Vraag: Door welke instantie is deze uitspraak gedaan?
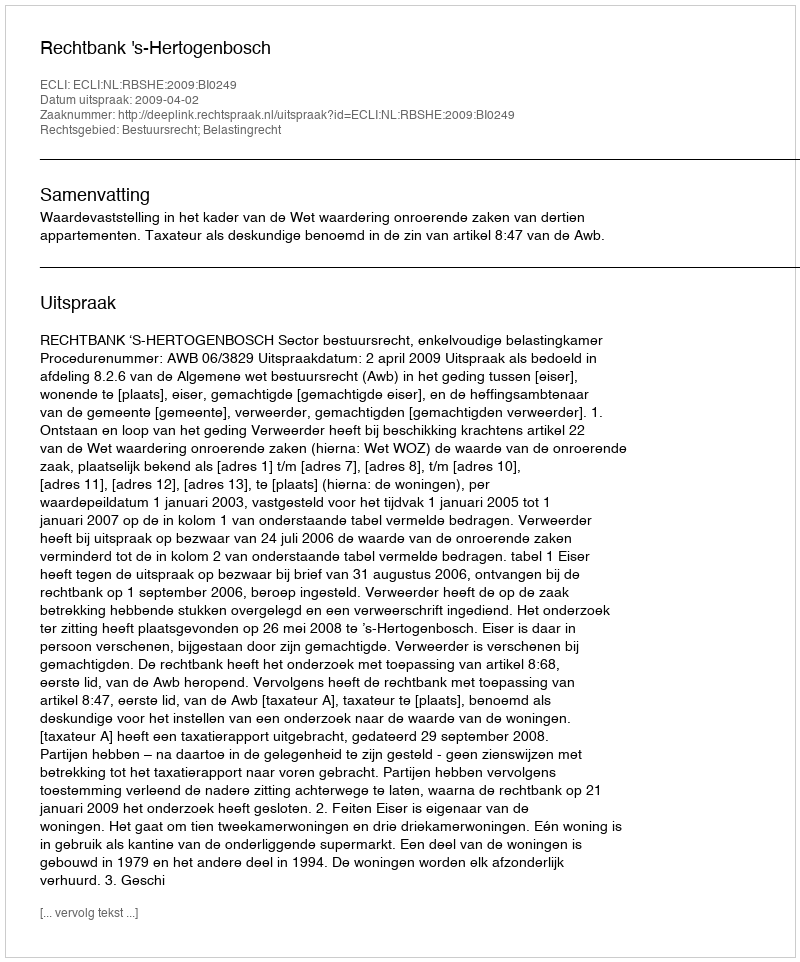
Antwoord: Rechtbank 's-Hertogenbosch